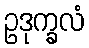
ဥဒုက္ခလံ